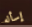
إسأله